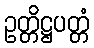
ဥတ္တိဋ္ဌပတ္တံ